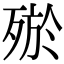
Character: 𣨝